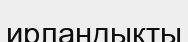
ирландықты